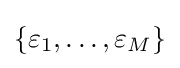
\{\varepsilon _{1},\dots ,\varepsilon _{M}\}